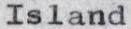
Island